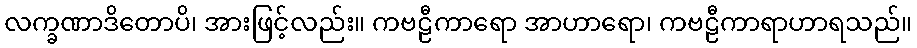
လက္ခဏာဒိတောပိ၊ အားဖြင့်လည်း။ ကဗဠီကာရော အာဟာရော၊ ကဗဠီကာရာဟာရသည်။